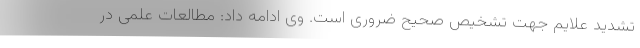
تشدید علایم جهت تشخیص صحیح ضروری است. وی ادامه داد: مطالعات علمی در